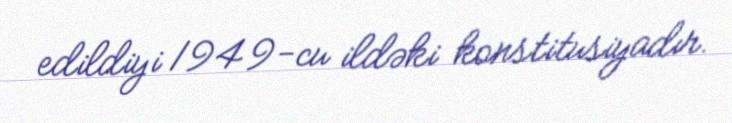
edildiyi 1949-cu ildəki konstitusiyadır.